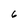
Character: 6